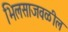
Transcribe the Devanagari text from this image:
भिलसाजवळील